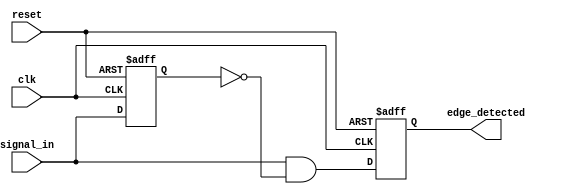
module rising_edge_detector (
    input wire clk,          // Clock signal
    input wire reset,        // Reset signal
    input wire signal_in,    // Input signal to detect rising edge
    output reg edge_detected  // Output pulse indicating rising edge
);

    reg signal_in_prev;      // Previous state of the input signal

    // Sequential logic to sample the input signal
    always @(posedge clk or posedge reset) begin
        if (reset) begin
            signal_in_prev <= 1'b0; // Initialize previous state to 0 on reset
            edge_detected <= 1'b0;   // Initialize output to 0 on reset
        end else begin
            signal_in_prev <= signal_in; // Capture current input signal
            // Generate edge detected pulse
            edge_detected <= (signal_in && ~signal_in_prev); // Rising edge detection
        end
    end

endmodule